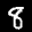
Label: 8